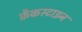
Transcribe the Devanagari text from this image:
फ्रेंकस्टाइन